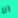
انا